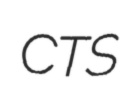
CTS